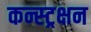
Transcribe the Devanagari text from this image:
कन्स्ट्रक्षन